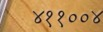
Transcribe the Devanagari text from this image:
४११००४